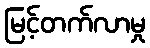
မြင့်တက်လာမှု